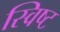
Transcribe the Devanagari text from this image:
स्विष्ट